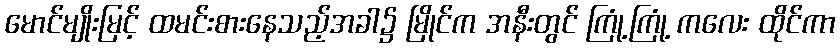
မောင်မျိုးမြင့် ထမင်းစားနေသည့်အခါ၌ မြိုင်က အနီးတွင် ကြုံ့ကြုံ့ ကလေး ထိုင်ကာ